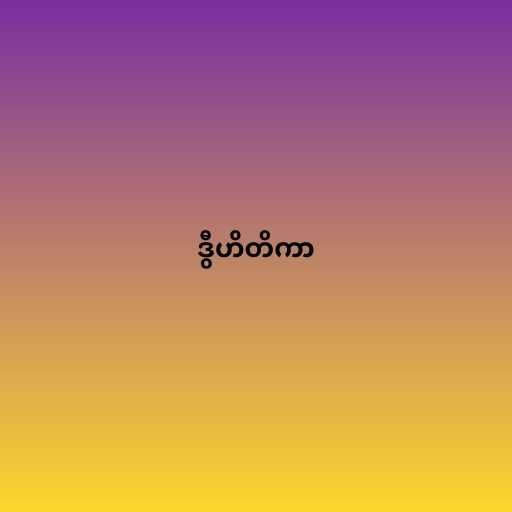
ဒွီဟိတိကာ